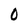
Character: 0